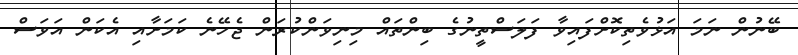
ބޭނުން ނަމަ އަޅުވެތިކޮށްފައިވާ ފަލަސްތީނުގެ ބިންތައް މިނިވަންކުރަން ޖެހޭނެ ކަމަށާއި އެކަން އަވަސް